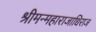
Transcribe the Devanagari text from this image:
श्रीमन्महाराजाधिराज